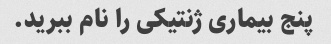
پنج بیماری ژنتیکی را نام ببرید.